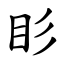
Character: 䀐